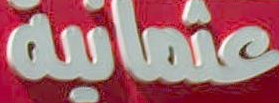
عثمانية